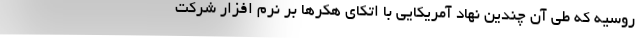
روسیه که طی آن چندین نهاد آمریکایی با اتکای هکر‌ها بر نرم افزار شرکت